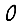
Digit: 0